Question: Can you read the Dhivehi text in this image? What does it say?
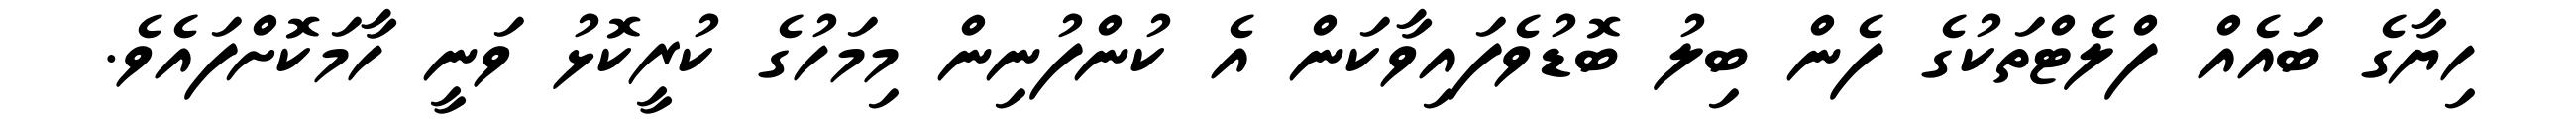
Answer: ހިޔާގެ ބައެއް ފްލެޓްތަކުގެ ފެން ބިލު ބޮޑުވެފައިވާކަން އެ ކުންފުނިން މިމަހުގެ ކުރީކޮޅު ވަނީ ހާމަކޮށްފައެވެ.